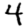
Digit: 4